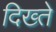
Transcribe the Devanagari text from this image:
दिख्ते